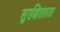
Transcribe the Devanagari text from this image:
सुरक्षिततात